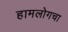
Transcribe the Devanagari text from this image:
हामलोगचा